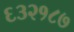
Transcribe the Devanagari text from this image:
६३२१८७